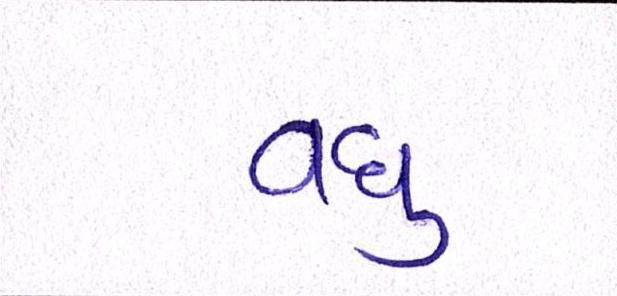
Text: વધુ